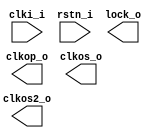
/*******************************************************************************
    Verilog netlist generated by IPGEN Lattice Radiant Software (64-bit)
    2023.1.1.200.1
    Soft IP Version: 1.8.0
    2023 10 02 17:49:00
*******************************************************************************/
/*******************************************************************************
    Wrapper Module generated per user settings.
*******************************************************************************/
module PLL_1 (clki_i, rstn_i, clkop_o, clkos_o, clkos2_o, lock_o)/* synthesis syn_black_box syn_declare_black_box=1 */;
    input  clki_i;
    input  rstn_i;
    output  clkop_o;
    output  clkos_o;
    output  clkos2_o;
    output  lock_o;
endmodule